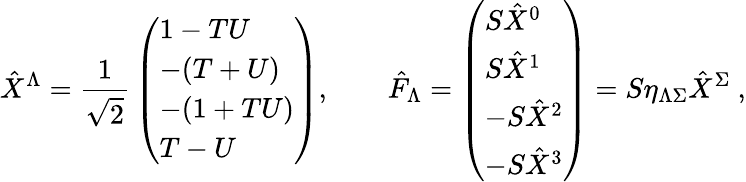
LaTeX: \hat{X}^{\Lambda}={\frac{1}{\sqrt 2}}\left(\begin{array}{l}{{1-TU}}\\ {{-(T+U)}}\\ {{-(1+TU)}}\\ {{T-U}}\end{array}\right),\qquad\hat{F}_{\Lambda}=\left(\begin{array}{l}{{S\hat{X}^{0}}}\\ {{S\hat{X}^{1}}}\\ {{-S\hat{X}^{2}}}\\ {{-S\hat{X}^{3}}}\end{array}\right)=S\eta_{\Lambda\Sigma}\hat{X}^{\Sigma}\ ,